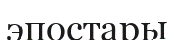
эпостары